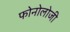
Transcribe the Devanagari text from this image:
फोनोलोजी